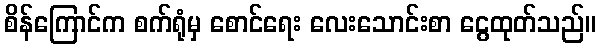
စိန်ကြောင်က စက်ရုံမှ စောင်ရေး လေးသောင်းစာ ငွေထုတ်သည်။